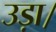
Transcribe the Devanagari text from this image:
उड़ा।